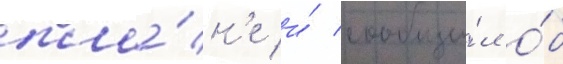
пла́н'е и́ сообщи́л о́б